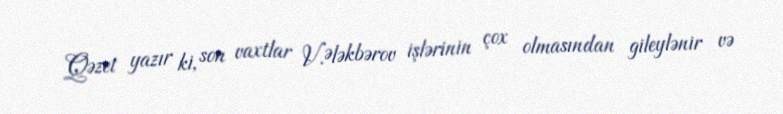
Qəzet yazır ki, son vaxtlar V.Ələkbərov işlərinin çox olmasından gileylənir və